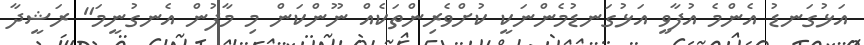
އަޅުގަނޑު އެންމެ އުފާވީ އަޅުގަނޑުމެންނަކީ ކުށްވެރިންތަކެއް ނޫންކަން މި މާފުން އެނގުނީމަ" ރަޝީދާ